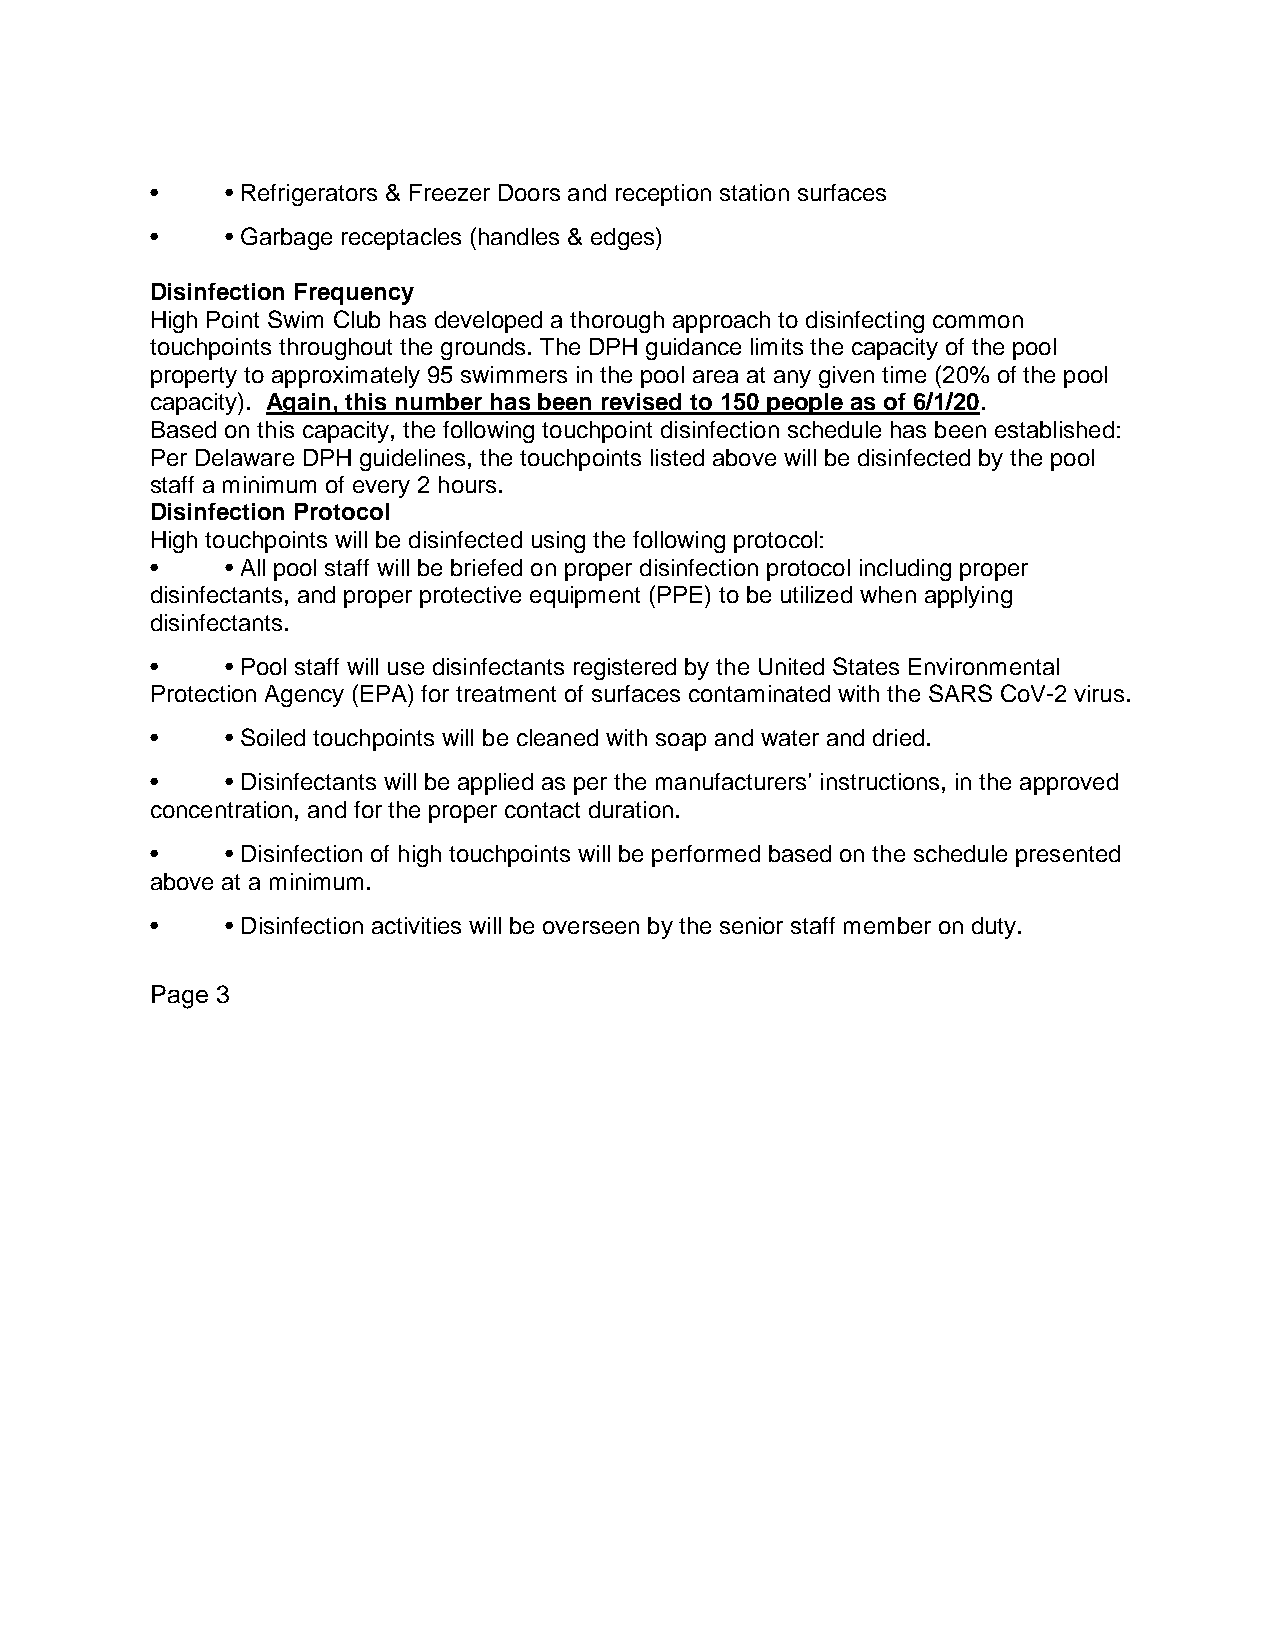
•    • Refrigerators & Freezer Doors and reception station surfaces
 •    • Garbage receptacles (handles & edges)
 Disinfection Frequency
 High Point Swim Club has developed a thorough approach to disinfecting common
 touchpoints throughout the grounds. The DPH guidance limits the capacity of the pool
 property to approximately 95 swimmers in the pool area at any given time (20% of the pool
 capacity). Again, this number has been revised to 150 people as of 6/1/20.
 Based on this capacity, the following touchpoint disinfection schedule has been established:
 Per Delaware DPH guidelines, the touchpoints listed above will be disinfected by the pool
 staff a minimum of every 2 hours.
 Disinfection Protocol
 High touchpoints will be disinfected using the following protocol:
 •    • All pool staff will be briefed on proper disinfection protocol including proper
 disinfectants, and proper protective equipment (PPE) to be utilized when applying
 disinfectants.
 •    • Pool staff will use disinfectants registered by the United States Environmental
 Protection Agency (EPA) for treatment of surfaces contaminated with the SARS CoV-2 virus.
 •    • Soiled touchpoints will be cleaned with soap and water and dried.
 •    • Disinfectants will be applied as per the manufacturers’ instructions, in the approved
 concentration, and for the proper contact duration.
 •    • Disinfection of high touchpoints will be performed based on the schedule presented
 above at a minimum.
 •    • Disinfection activities will be overseen by the senior staff member on duty.
 Page 3